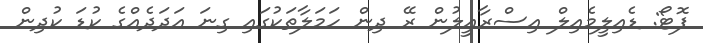
ފޮޓޯ: ޑެއިލީމެއިލް އިސްރާއީލުން ރޭ ދިން ހަމަލާތަކުގައި ގިނަ އަދަދެއްގެ ކުޑަ ކުދިން